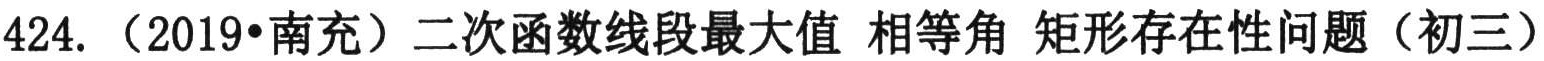
424.（2019•南充）二次函数线段最大值 相等角 矩形存在性问题（初三）